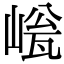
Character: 𡹳